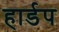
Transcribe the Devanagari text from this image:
हार्डप